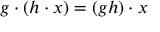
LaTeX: g \cdot ( h \cdot x ) = ( g h ) \cdot x